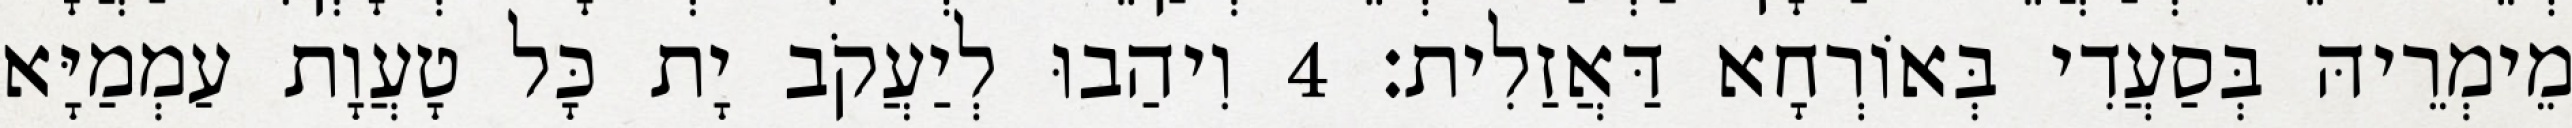
מֵימְרֵיהּ בְּסַעֲדִי בְּאוֹרְחָא דַּאֲזַלִית׃ 4 וִיהַבוּ לְיַעֲקֹב יָת כָּל טָעֲוָת עַמְמַיָּא